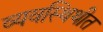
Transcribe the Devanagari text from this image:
व्यवस्थिथीत